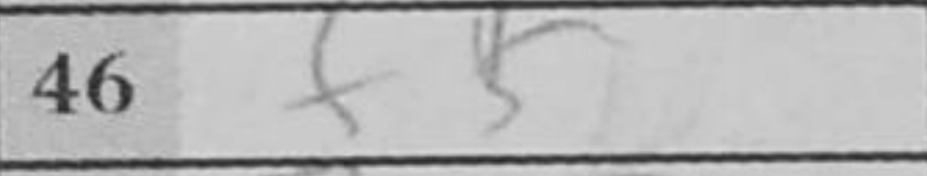
Transcription: f5